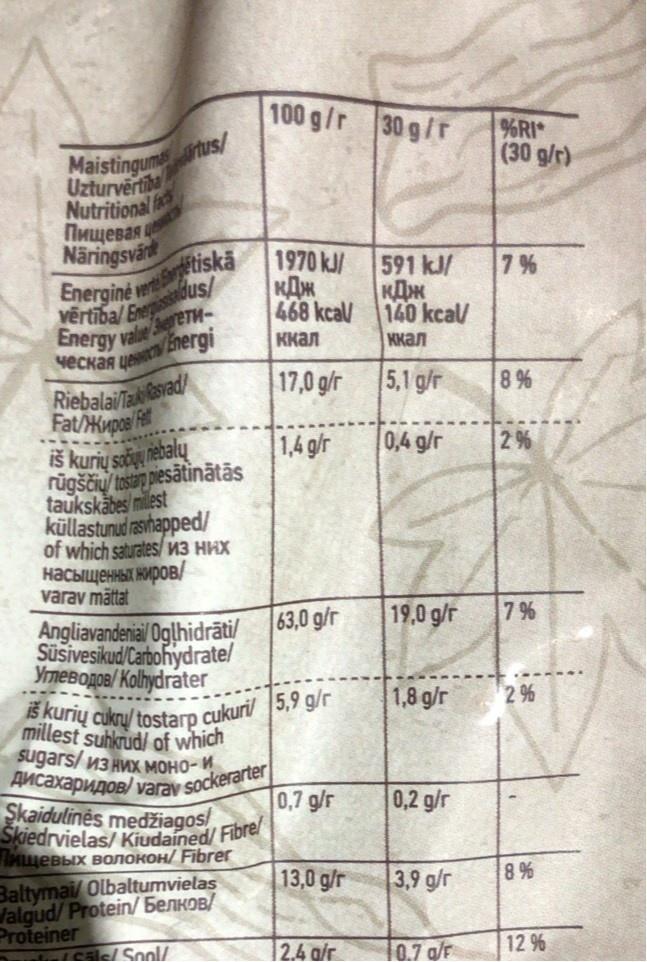
100 g/r 30g/r
Maistingumtus/ Uzturvērtība
%RI (30 g/r)
Nutritional fac Пищевая Näringsvärt
Energiné wtiskä abus/ vērtiba/ Ener
1970 kJ/
591 kJ/ KAK 468 kcal/
7%
KAM
energy vale Sererw- veCkaR ue Energi
140 kcal/
ккал
ккал
17,0 g/r
5,1 g/r
RiebalaiTakesvad Fat/Kupos Fet
8 %
1,4 g/r
0,4 g/r
2%
iš kurių saduų nebalų rūgščių/ tostan piesātinātās taukskäbes milest küllastunud rasihapped/ of which saturates/ 13 HHX насыщенны ниров/ varav mättat
19,0 g/r
7 %
Angliavandenial Oglhidrāti/ 63,0 g/r Süsivesikud/Carbohydrate/ Уплеводов/ Кolydrater
iš kurių cukru/ tostarp cukuri 5,9 g/r millest suhkrud/ of which
1,8 g/r
2 %
SUgars/ из них моно-и
дисахаридов/ varav sockerarter Skaidulinės medžiagos Skiedrvielas/ Kiudained/ Fibre Нищевых волокон/ Fibrer
0,7 g/r
0,2 g/r
13,0 g/r
Baltymai/ Olbaltumvielas Jalgud/ Protein/5enKOB/ Proteiner
3,9 g/r
% 8
12.4 a/r
10.7 a/F
12 %